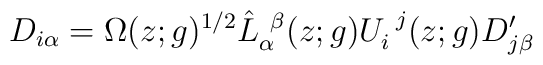
D_{i\alpha}=\Omega(z;g)^{1/2}\hat{L}_{\alpha}^{~\beta}(z;g)U_{i}^{~j}(z;g)D^{\prime}_{j\beta}